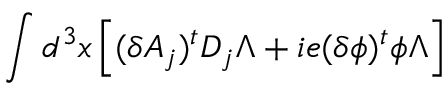
\int d ^ { 3 } x \left[ ( \delta A _ { j } ) ^ { t } D _ { j } \Lambda + i e ( \delta \phi ) ^ { t } \phi \Lambda \right]